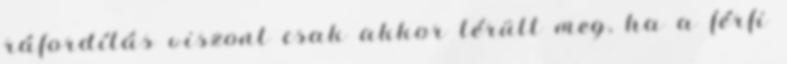
ráfordítás viszont csak akkor térült meg, ha a férﬁ